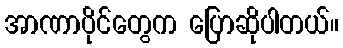
အာဏာပိုင်တွေက ပြောဆိုပါတယ်။